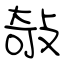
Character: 敧